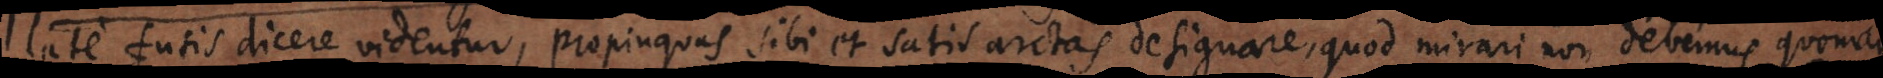
late fusis dicere videntur, propinquas sibi et satis arctas designare, quod mirari non debemus, quoniam